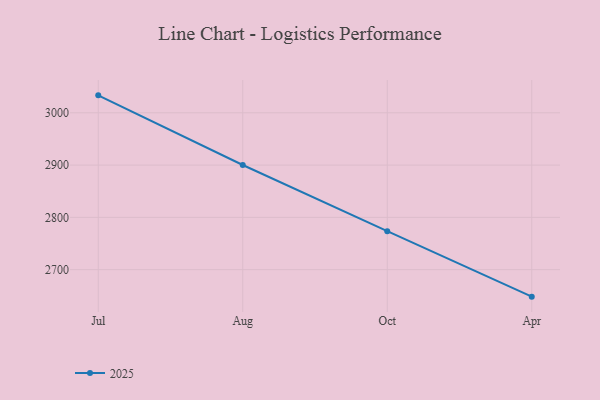
{"axis": {"x": "Month", "y": "Satisfaction Score"}, "legend": ["2025"], "data": [{"x": "Jul", "y": 3033.4, "type": "2025"}, {"x": "Aug", "y": 2900.2, "type": "2025"}, {"x": "Oct", "y": 2773.6, "type": "2025"}, {"x": "Apr", "y": 2648.4, "type": "2025"}]}